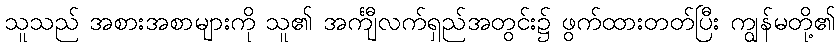
သူသည် အစားအစာများကို သူ၏ အင်္ကျီလက်ရှည်အတွင်း၌ ဖွက်ထားတတ်ပြီး ကျွန်မတို့၏